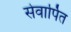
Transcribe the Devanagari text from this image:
सेवार्पित